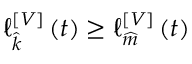
\ell { } _ { \widehat { k } } ^ { \left[ V \right] } \left( t \right) \geq \ell { } _ { \widehat { m } } ^ { \left[ V \right] } \left( t \right)